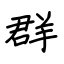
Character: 群